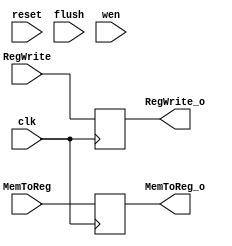



// file wb_control_pipe.v


module wb_control_pipe (
	// inputs
	input wire RegWrite,
	input wire MemToReg,
	input wire clk,
	input wire reset,
	input wire flush,
	input wire wen,
	// outputs
	output reg RegWrite_o,
	output reg MemToReg_o);

initial begin
	RegWrite_o = 0;
	MemToReg_o = 0;
end
	
always @(posedge clk) begin
	RegWrite_o <= RegWrite;
	MemToReg_o <= MemToReg;
/*	if (reset == 1 || flush == 1 || wen == 0) begin
		RegWrite_o <= 0;
		MemToReg_o <= 0;
	end */
end

endmodule